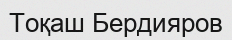
Тоқаш Бердияров